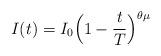
LaTeX: \begin{align*} I(t) = I_0 \Bigl (1 - \frac{t}{T} \Bigr )^{\theta\mu} \end{align*}